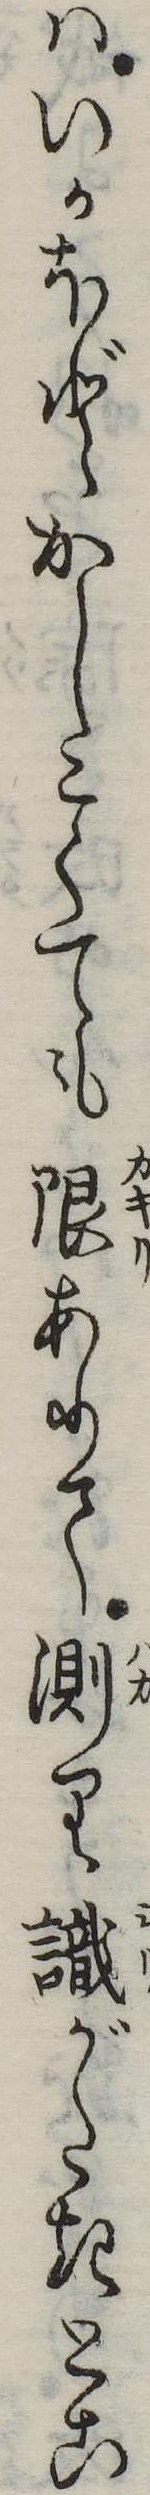
はいかほどかしこくても限ありて測り識がたきとこ